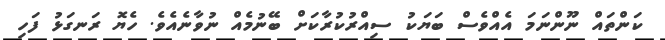
ކަންތައް ނޫންނަމަ އެއްވެސް ބަޔަކު ސިއްރުކުރާކަށް ބޭނުމެއް ނުވާނެއެވެ. ހެޔޮ ރަނގަޅު ފަހި